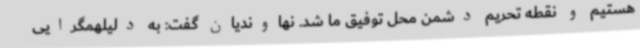
هستیم و نقطه تحریم دشمن محل توفیق ما شد. نهاوندیان گفت: به دلیلهمگرایی